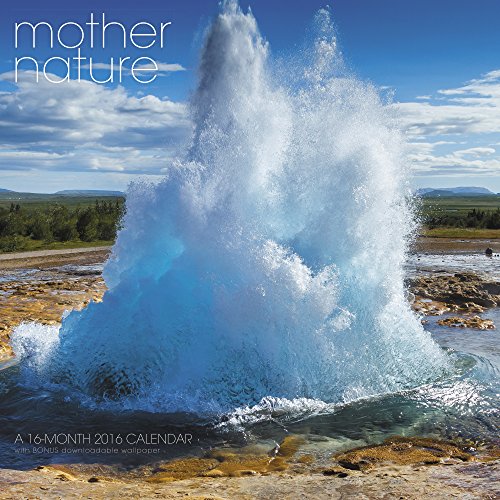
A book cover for Mother Nature Wall Calendar (2016); Landmark; Calendars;